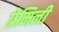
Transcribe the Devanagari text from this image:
ग्रेमिनी